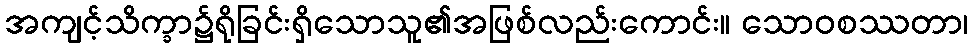
အကျင့်သိက္ခာ၌ရိုခြင်းရှိသောသူ၏အဖြစ်လည်းကောင်း။ သောဝစဿတာ၊